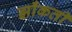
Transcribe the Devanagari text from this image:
झाँकती